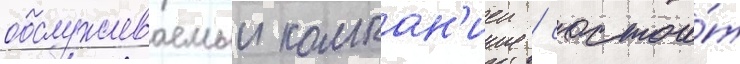
обслуживаемыи компан'иеи / состои́т